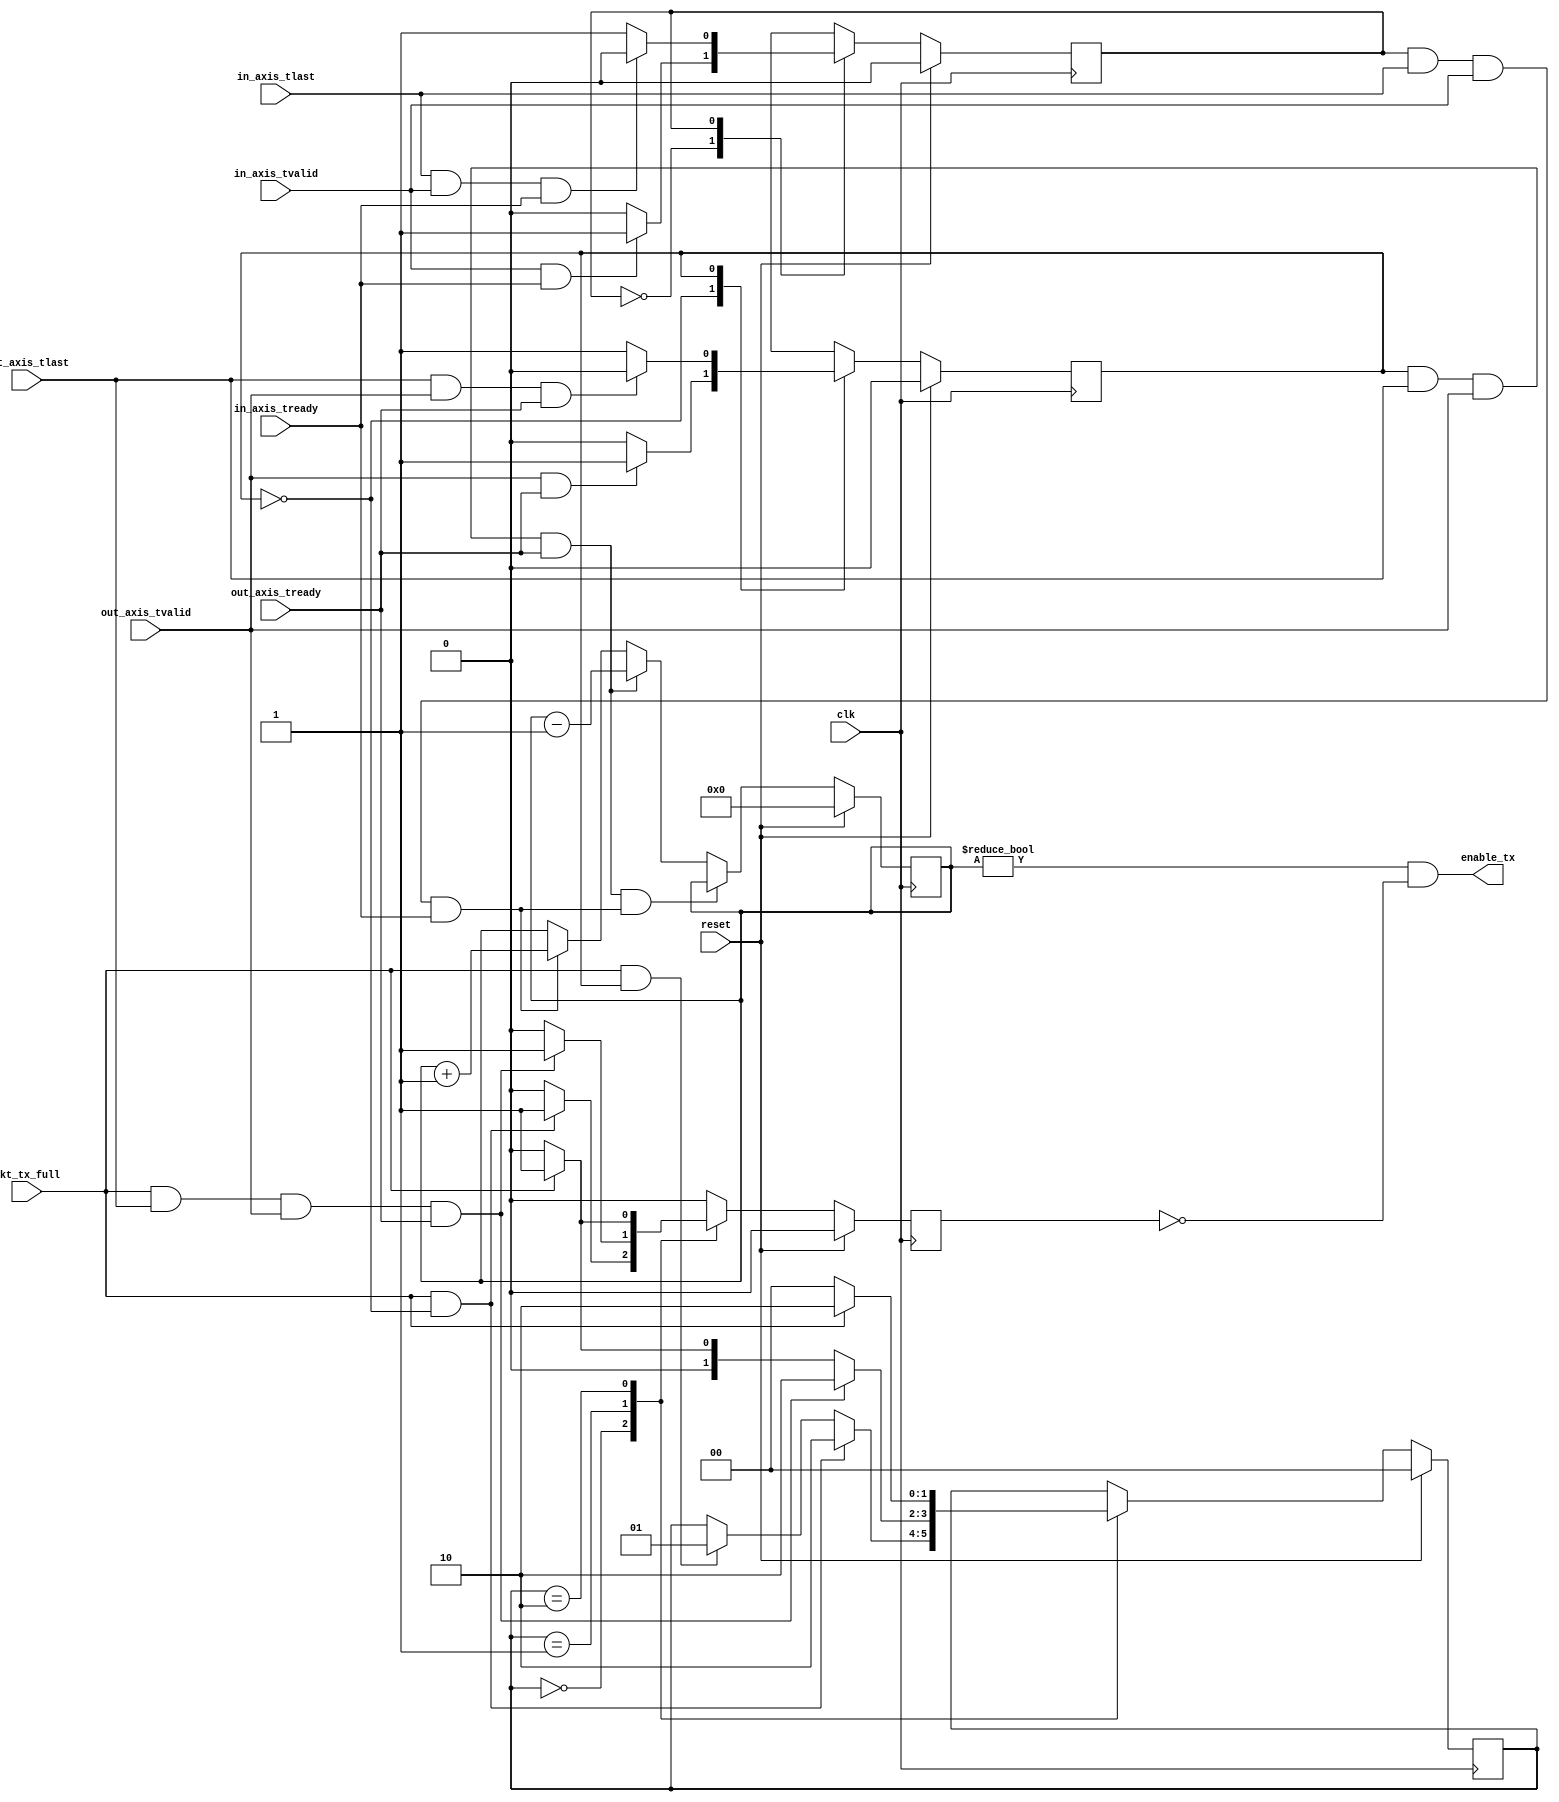
//
// Copyright 2013 Ettus Research LLC
// Copyright 2018 Ettus Research, a National Instruments Company
//
// SPDX-License-Identifier: LGPL-3.0-or-later
//


//
// Tracks the number of complete packets in an AXI FIFO so that
// the XGE MAC can commit to transmitting a packet.
//
 
module axi_count_packets_in_fifo
  (
   input clk,
   input reset,
   input in_axis_tvalid,
   input in_axis_tready,
   input in_axis_tlast,
   input out_axis_tvalid,
   input out_axis_tready,
   input out_axis_tlast,
   input pkt_tx_full,
   output enable_tx
   );

   localparam WAIT_SOF = 0;
   localparam WAIT_EOF = 1;
   
   localparam WAIT_FULL = 0;
   localparam DELAY_TO_EOF = 1;
   localparam WAIT_SPACE = 2;
   
   
   reg 	      in_state, out_state;
   reg [1:0]  full_state;
   reg 	      pause_tx;
   	      
   reg [7:0] pkt_count;

   
   //
   // Count packets arriving into large FIFO
   //
   always @(posedge clk)
     if (reset) begin
	in_state <= WAIT_SOF;
     end else
       case(in_state)
	 WAIT_SOF: 
	   if (in_axis_tvalid && in_axis_tready) begin
	      in_state <= WAIT_EOF;
	   end else begin
	      in_state <= WAIT_SOF;
	   end
	 WAIT_EOF: 
	   if (in_axis_tlast && in_axis_tvalid && in_axis_tready) begin
	      in_state <= WAIT_SOF;
	   end else begin
	      in_state <= WAIT_EOF;
	   end
       endcase // case(in_state)
   

   //
   // Count packets leaving large FIFO
   //
   always @(posedge clk)
     if (reset) begin
	out_state <= WAIT_SOF;
     end else
       case(out_state)
	 WAIT_SOF: 
	   if (out_axis_tvalid && out_axis_tready) begin
	      out_state <= WAIT_EOF;
	   end else begin
	      out_state <= WAIT_SOF;
	   end
	 WAIT_EOF: 
	   if (out_axis_tlast && out_axis_tvalid && out_axis_tready) begin
	      out_state <= WAIT_SOF;
	   end else begin
	      out_state <= WAIT_EOF;
	   end
       endcase // case(in_state)
   

   //
   // Count packets in FIFO.
   // No protection on counter wrap, 
   // unclear how such an error could occur or how to gracefully deal with it.
   //
   always @(posedge clk)
     if (reset)
       pkt_count <= 0;
     else if (((out_state==WAIT_EOF) && out_axis_tlast && out_axis_tvalid && out_axis_tready) 
	      && ((in_state==WAIT_EOF) && in_axis_tlast && in_axis_tvalid && in_axis_tready))
       pkt_count <= pkt_count;
     else if ((out_state==WAIT_EOF) && out_axis_tlast && out_axis_tvalid && out_axis_tready)
       pkt_count <= pkt_count - 1;
     else if ((in_state==WAIT_EOF) && in_axis_tlast && in_axis_tvalid && in_axis_tready)
       pkt_count <= pkt_count + 1;
   

   //
   // Guard against Tx MAC overflow (as indicated by pkt_tx_full)
   //
   always @(posedge clk)
     if (reset) begin
	pause_tx <= 0;
	full_state <= WAIT_FULL;
     end	
     else begin
	pause_tx <= 0;	
	case(full_state)
	  WAIT_FULL:
	    // Search for pkt_tx_full going asserted
	    if (pkt_tx_full && (out_state == WAIT_SOF)) begin
	       full_state <= WAIT_SPACE;
	       pause_tx <= 1;
	    end else if (pkt_tx_full && (out_state == WAIT_EOF)) begin
	       full_state <= DELAY_TO_EOF;
	    end
	  
	  DELAY_TO_EOF:
	    // pkt_tx_full has gone asserted during Tx of a packet from FIFO.
	    // Wait until either FIFO has space again and transition direct to WAIT_FULL
	    // or at EOF if pkt_tx_full is still asserted the transition to WAIT_SPACE until
	    // MAC flags there is space again.
	    if (pkt_tx_full && out_axis_tlast && out_axis_tvalid && out_axis_tready) begin
	       full_state <= WAIT_SPACE;
	       pause_tx <= 1;
	    end else if (pkt_tx_full) begin
	       full_state <= DELAY_TO_EOF;
	    end else
	      full_state <= WAIT_FULL;
	  
	  WAIT_SPACE:
	    // Wait for MAC to flag space in internal Tx FIFO again then transition to WAIT_FULL.
	    if (pkt_tx_full) begin
	       full_state <= WAIT_SPACE;
	       pause_tx <= 1;
	    end else
	      full_state <= WAIT_FULL;
	  
	endcase // case(full_state)
     end
	

   // Enable Tx to MAC
   assign enable_tx = (pkt_count != 0) && ~pause_tx;
   
   
   

endmodule // count_tx_packets